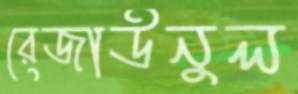
রেজাউনুল